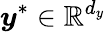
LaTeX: \boldsymbol{y}^{*}\in\mathbb{R}^{d_{y}}